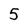
Character: 5